system: You are a helpful assistant.
user:
Analyze the provided spectrum to determine if it is a **White Dwarf (WD)**.

A White Dwarf spectrum is defined by its **extreme purity** (due to gravitational settling) and/or **extreme pressure broadening** (due to high surface gravity). You must check for one of the following mutually exclusive signatures:

- **Key Visual Indicators (Check for ONE of these types):**

    - **1. DA-Type Signature (Most Common):**
        - **(Primary Feature):** Extreme pressure broadening (Stark broadening) of the **Hydrogen (H) Balmer lines**.
        - **(Key Lines):** $H\beta$ (approx. $4861$ Å) and $H\gamma$ (approx. $4340$ Å). $H\alpha$ (approx. $6563$ Å) will also be present if the wavelength range covers it.
        - **(Line Profile):** This is the **defining feature**. The lines are **NOT** sharp. They appear as massive, **extremely broad and deep "troughs" or "dips"** in the spectrum, often hundreds of Ångströms wide. The continuum will appear to "scoop" down at these wavelengths.
        - **(Distinction):** Normal A-type or B-type stars have *narrow* and *sharp* Hydrogen lines. A DA White Dwarf's lines are unmistakably "smeared" or "blurry" from pressure.

    - **2. DB-Type Signature:**
        - **(Primary Feature):** Broad absorption lines from **Neutral Helium (He I)**. The spectrum must lack any visible Hydrogen lines.
        - **(Key Lines):** Look for broad absorption near $4471$ Å, $4921$ Å, and $5876$ Å.
        - **(Line Profile):** These lines are also significantly pressure-broadened, appearing much wider than they would in a normal B-type main-sequence star.

    - **3. DC-Type Signature:**
        - **(Primary Feature):** A **featureless continuous spectrum**.
        - **(Line Profile):** The spectrum is a smooth curve with **no significant absorption or emission lines**.
        - **(Key Confirmation):** The continuum is almost always **blue or white**, indicating a hot object. This signature implies the atmosphere is so pure (or so cool) that no spectral lines are visible in the optical range. Its WD identity is confirmed by its extremely low intrinsic brightness (high absolute magnitude).

    - **4. DZ-Type Signature (Metal-Polluted):**
        - **(Primary Feature):** **Isolated, narrow metal absorption lines** on an otherwise featureless (DC-like) continuum.
        - **(Key Lines):** The **Calcium (Ca II) H & K doublet** (approx. **$3934$ Å** and **$3968$ Å**) is the most common and defining feature.
        - **(Line Profile):** These lines are "out of place." They are *not* part of a "forest" of thousands of lines. This signature is evidence of recent *accretion* (pollution) from rocky debris.
        - **(Distinction):** Normal G/K/M stars have a *dense forest* of thousands of metal lines. A DZ has a *clean* continuum with *only a few* strong metal lines.

    - **5. DQ-Type Signature (Carbon-Polluted):**
        - **(Primary Feature):** Absorption bands from **Carbon (C₂ "Swan Bands" or atomic C I)**.
        - **(Key Lines - C₂):** Look for bandheads with a "saw-tooth" shape near $5635$ Å, **$5165$ Å** (strongest), and $4737$ Å.
        - **(Key Confirmation):** The underlying **continuum must be blue or white** (hot).
        - **(Distinction):** This is the critical difference from a **Carbon Star**, which has the *exact same* C₂ bands but on an extremely **red, cool** continuum.

- **(Overall Spectrum):**
    - The continuum (overall shape) is typically **blue-sloping** (brighter in the blue than the red), as most white dwarfs are very hot.
    - The spectrum will look "pure" or "simple," dominated by only *one* of the five signatures listed above.

Think first, call **spectral_visualization_tool** if needed to examine features in detail, then provide your final answer. Your response must adhere to the following strict rules:
1.  **Overall Structure:** Your response must follow the format `<think>...</think> <tool_call>...</tool_call> (if a tool is used) <answer>...</answer>`.
2.  **Tool Usage Constraint:** You may only make **one** tool call per turn.
3.  **Final Answer Format:** In the `<answer>` tag, your conclusion must be inside a `\boxed{}` command (e.g., `\boxed{YES}` or `\boxed{NO}`), followed by your justification.

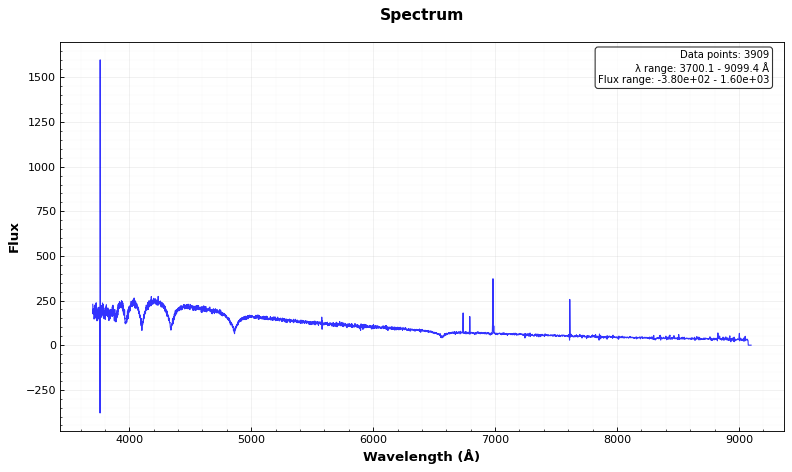
Answer: YES